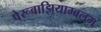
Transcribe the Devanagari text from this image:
पेरूवाझियाम्बलम